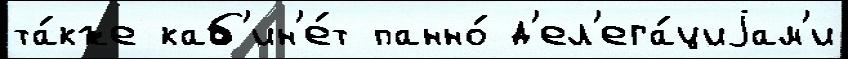
та́кже каб'ин'е́т панно́ д'ел'ега́циjам'и